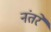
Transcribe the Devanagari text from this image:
नंतरे